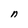
Character: n